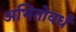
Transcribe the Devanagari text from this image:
अभितोवर्ध